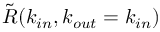
\tilde { R } ( k _ { i n } , k _ { o u t } = k _ { i n } )